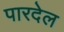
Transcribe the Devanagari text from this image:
पारदेल